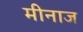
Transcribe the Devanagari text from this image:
मीनाज